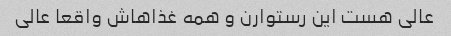
عالی هست این رستوارن و همه غذاهاش واقعا عالی